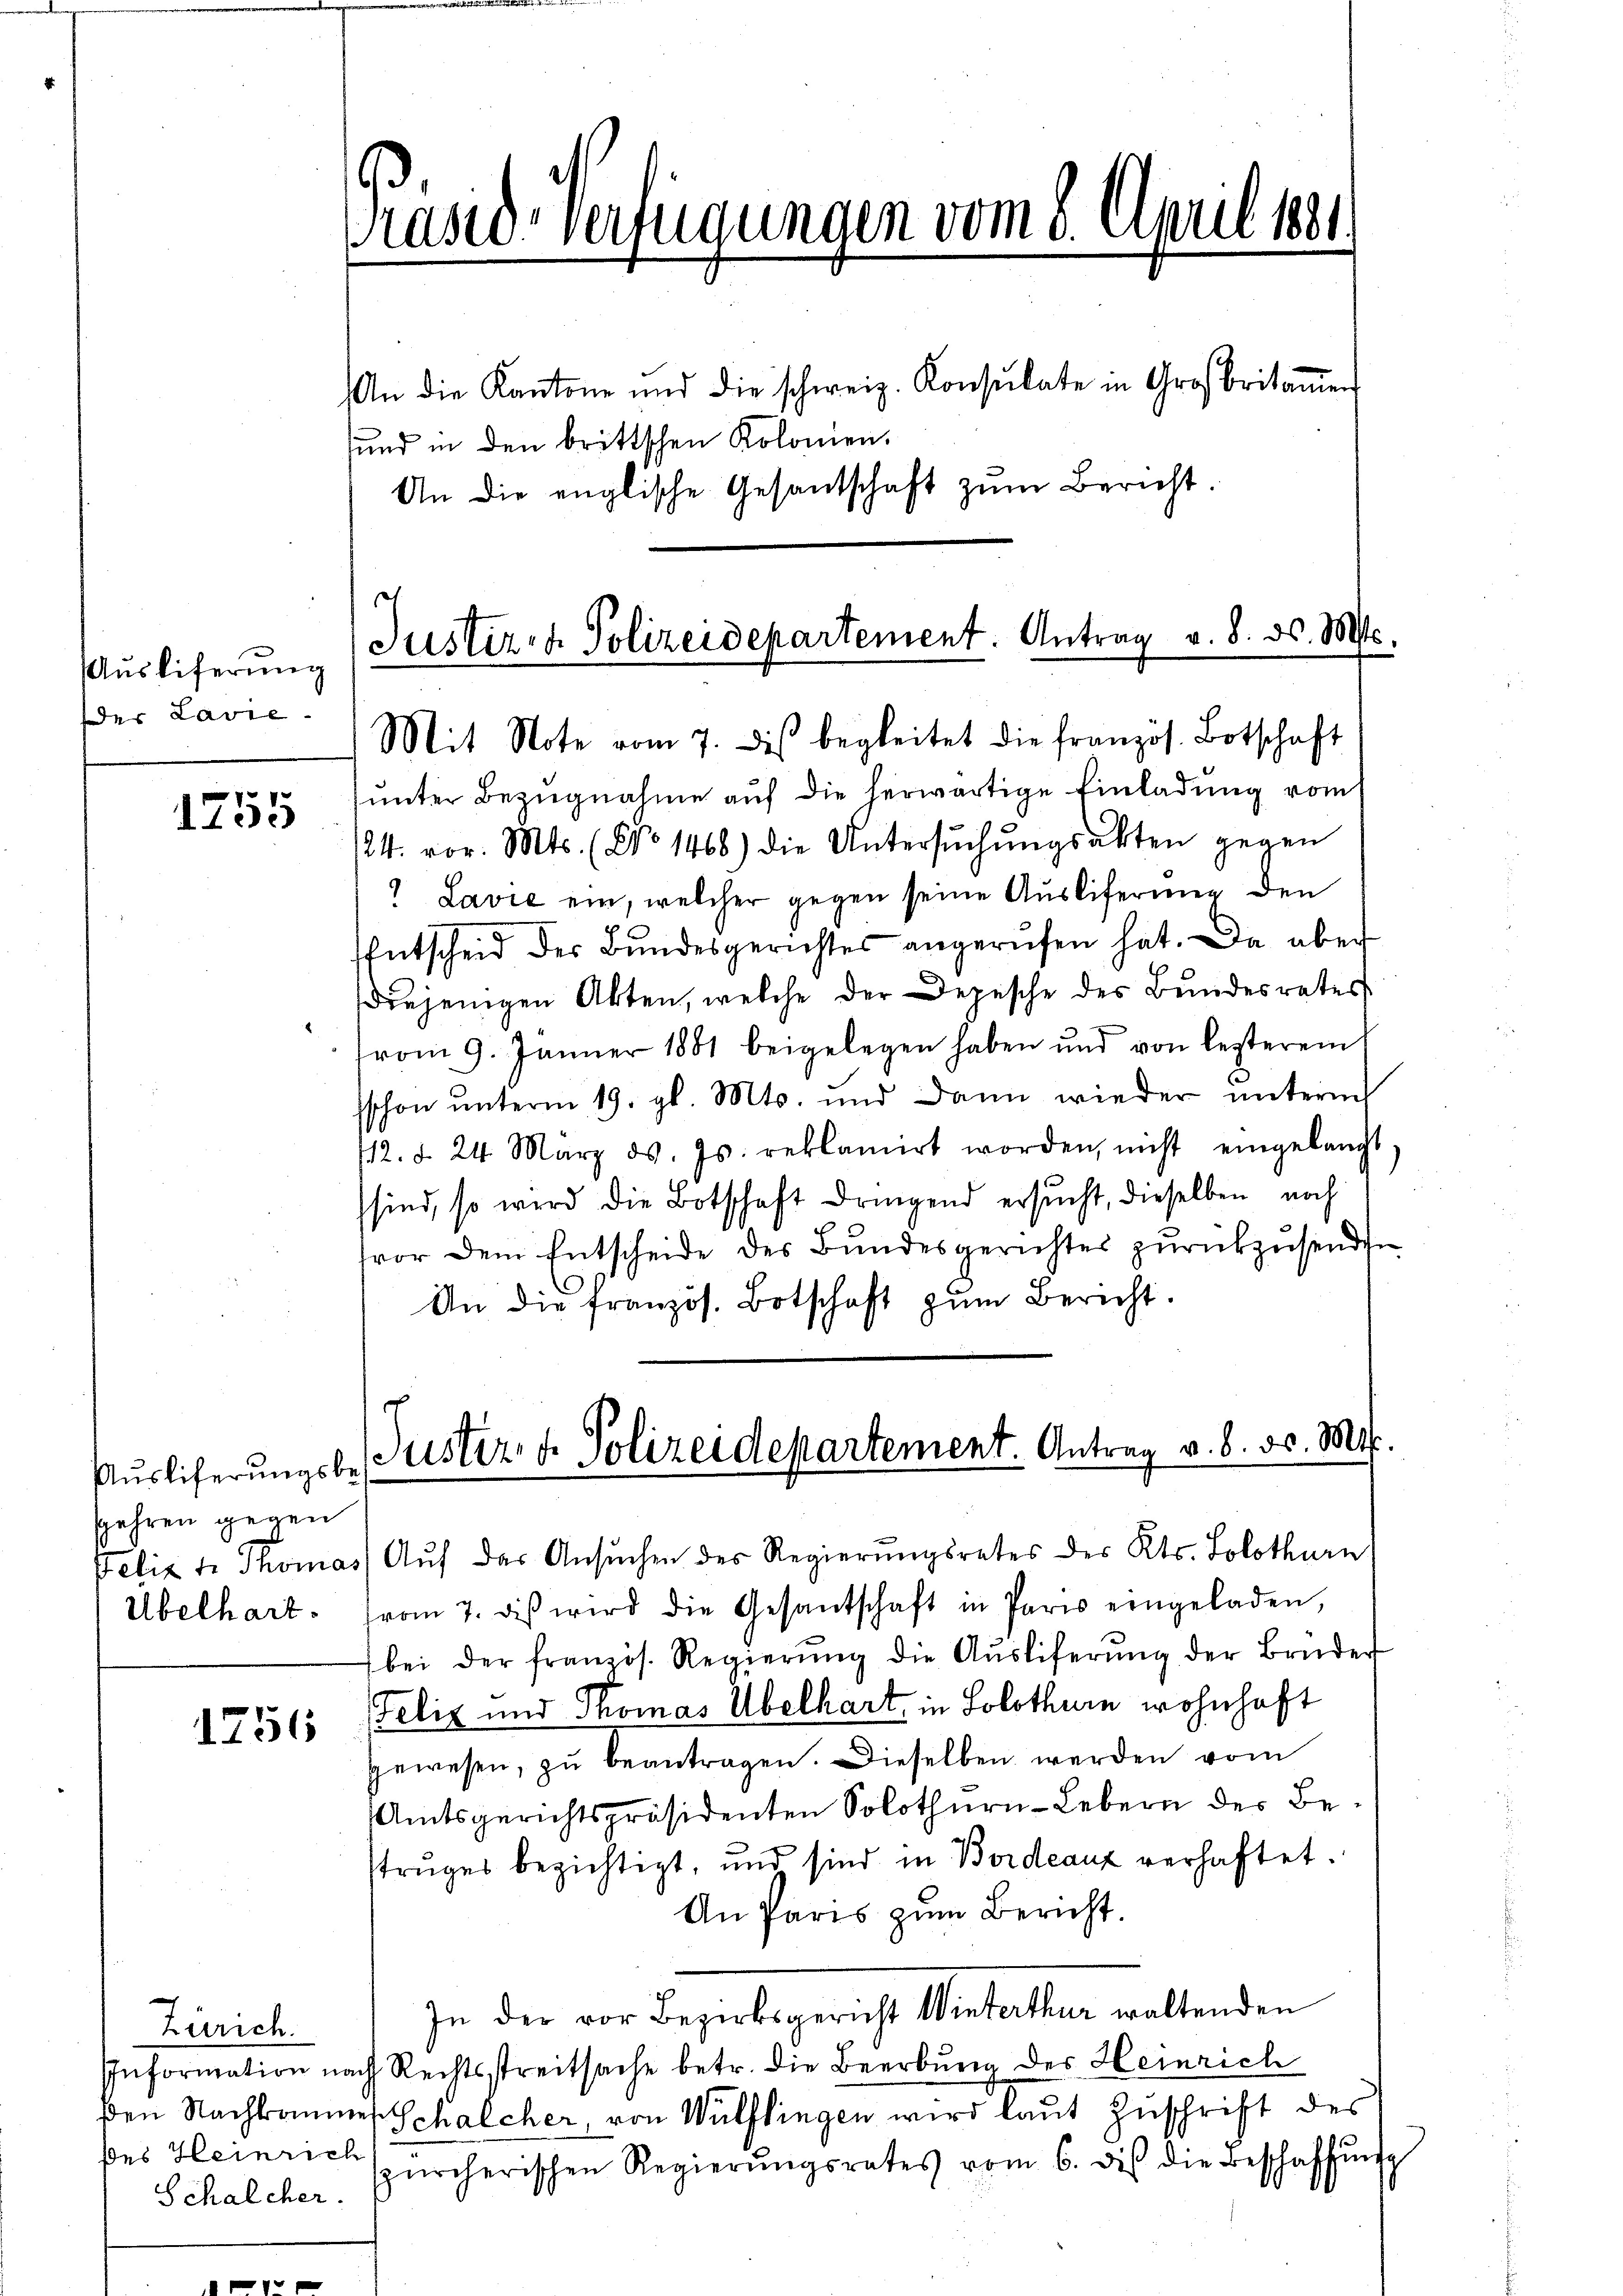
Auslieferung
der Lavie

1755

Auslieferungsbes
spahren gegen
Übelhart.

1756

Zürich.
des Heinrich
Schalcher.

Präsid-Verfügungen vom 8. April 1881

An die Kantone und die schweiz. Konsulate in Großbritaṁen
sund in den brittschen Kolonien.
An die englische Gesantschaft zum Bericht.

ŭnter Bezugnahme auf die herwärtige Einladung vom
/24. vor. Mts. (No 1468) die Untersŭchŭngsakten gegen
 Lavić ein, welcher gegen seine Auslieferung den
Entscheid der Bundesgerichtes angerufen hat. Da aber
diejenigen Akten, welche der Depesche des Bundesrates
vom 9. Jänner 1881 beigelegen haben und von lezterem
sschon unterm 19. gl. Mts. und dann wieder unterm
12. d. 24. März d. Js. reklamirt worden, nicht eingelangt
sind, so wird die Botschaft dringend ersucht, dieselben noch
vor dem Entscheide des Bundesgerichtes zŭrückzŭsenden
An die französ. Botschaft zŭm Bericht.

Justiz- & Polizeidepartement. Antrag v. 8. ds. Mts.
Mit Note vom 7. des begleitet die französ. Botschaft

Justiz & Polizeidepartement. Antrag v. 8. 50. Mts.
Felix de Thomas Aŭf der Ansŭchen der Regierŭngsrates des Kts. Solothurn

(vom 7. diβ wird die Gesantschaft in Paris eingeladen,
bei der französ. Regierŭng die Aŭsliferŭng der Brüder
Felix und Thomas Übelhart, in Solothurn wohnhaft
gewesen, zu beantragen. Dieselben werden vom
Amtsgerichtspräsidenten Solothurn-Lebern der Betruges bezichtigt, und sind in Bordeaux verhaftet.
An Paris zum Bericht.
In der vor Bezirksgericht Winterthur waltenden
Information nach Rechtsstreitsache betr. die Beerbung des Heinrich
ben Nachkommes Schalcher von Wülflingen wird laut Zuschrift des
ürcherischen Regierŭngsrates vom 6. dis die Beschaffŭng